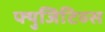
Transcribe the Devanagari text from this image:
फ्युजिटिव्स